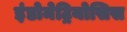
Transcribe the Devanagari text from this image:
इंडोमेट्रियोसिस